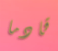
قادما